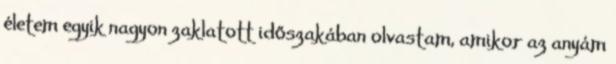
életem egyik nagyon zaklatott időszakában olvastam, amikor az anyám